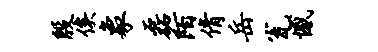
殷俟象磊陌倩岳瓮憾